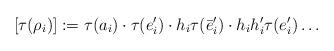
LaTeX: \begin{align*} [\tau(\rho_i)] := \tau(a_i) \cdot \tau(e_i') \cdot h_i \tau(\bar e_i') \cdot h_i h_i' \tau(e_i') \dots \end{align*}